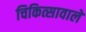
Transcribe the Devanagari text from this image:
चिकित्सावाले